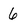
Character: 6